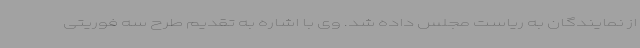
از نمایندگان به ریاست مجلس داده شد. وی با اشاره به تقدیم طرح سه فوریتی